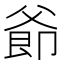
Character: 𪺜